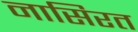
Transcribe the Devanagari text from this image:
नासिरत